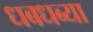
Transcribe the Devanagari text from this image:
धबधब्या